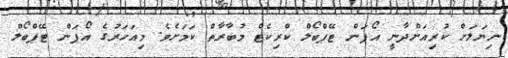
ނިޔަލަށް ކުރިއަށްދާނީ އޯޕަން ޓޭޕްބޯލް ކްރިކެޓް މުބާރާތް ކަަމަށެވެ. މިއަހަރުގެ އޯޕަން ޓޭޕްބޯލް